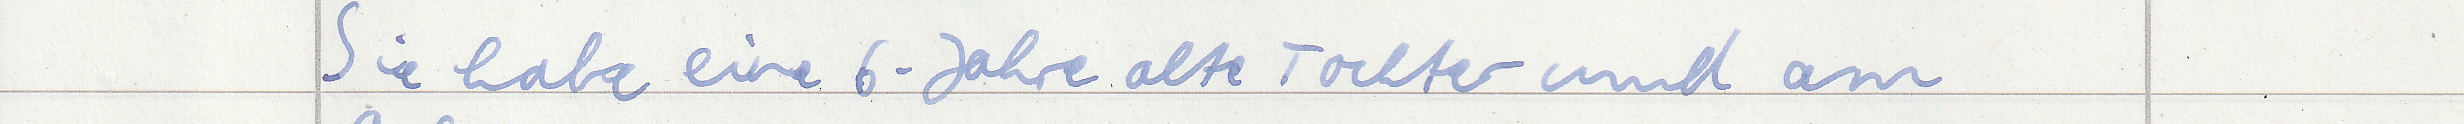
Sie habe eine 6-Jahre alte Tochter und am